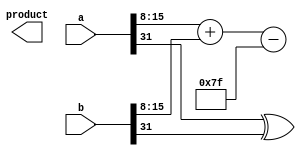
module fp_wallace_tree_multiplier #(
    parameter N = 32, // Total bits for floating-point representation (e.g., single-precision)
    parameter M = 23, // Number of bits for significand (mantissa)
    parameter E = 8,   // Number of bits for exponent
    parameter BIAS = 127 // Bias for IEEE 754 single precision
)(
    input [N-1:0] a, // First operand (IEEE 754 format)
    input [N-1:0] b, // Second operand (IEEE 754 format)
    output [N-1:0] product // Resultant product (IEEE 754 format)
);
    // Extract parts from the operands
    wire sign_a = a[N-1];
    wire sign_b = b[N-1];
    wire [E-1:0] exp_a = a[N-2:N-M-1];
    wire [E-1:0] exp_b = b[N-2:N-M-1];
    wire [M-1:0] sig_a = {1'b1, a[M-1:0]}; // Assume normalized significand (1.mantissa)
    wire [M-1:0] sig_b = {1'b1, b[M-1:0]}; // Assume normalized significand (1.mantissa)

    // Sign calculation
    wire sign_result = sign_a ^ sign_b;

    // Exponent calculation
    wire [E:0] exp_sum = {1'b0, exp_a} + {1'b0, exp_b} - BIAS;
    wire [E-1:0] exp_result = exp_sum[E:1];

    // Significand multiplication using Wallace Tree
    wire [2*M:0] partial_products [0:M-1]; // Partial products
    genvar i, j;

    // Generate partial products
    generate
        for (i = 0; i < M; i = i + 1) begin: pp_gen
            for (j = 0; j < M; j = j + 1) begin: pp_inner
                assign partial_products[i][j+i] = sig_a[i] & sig_b[j]; // Generate AND results
            end
        end
    endgenerate

    // Add partial products using Carry-Save Adder (CSA) structure
    wire [2*M:0] csa_out [0:M-1];
    // Each level of CSA would combine inputs until two bits remain.
    // Simplified structure here; normally you would implement the CSA logic.

    wire [M-1:0] significand_result; // Final significand after reduction

    // Final output calculation (simplified)
    assign product = {sign_result, exp_result, significand_result};

    // Additional steps for normalization, rounding, and edge cases would be needed

endmodule